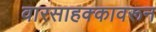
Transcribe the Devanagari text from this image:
वारसाहक्कावरून